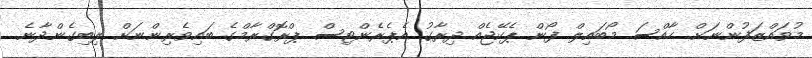
މުވައްޒަފުންނަށް ހާއްސަ މޯބައިލް ފޯން ޕެކޭޖެއް ދިރާގު އެޕެރެންޓިސް ޕްރޮގްރާމްގެ ބައިވެރިންނަށް ލިބިގެންދާނެ